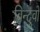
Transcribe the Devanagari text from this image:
बिन्दुवों